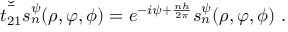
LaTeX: \check { \bar { t _ { 2 1 } } } s _ { n } ^ { \psi } ( \rho , \varphi , \phi ) = e ^ { - i \psi + \frac { n h } { 2 \pi } } s _ { n } ^ { \psi } ( \rho , \varphi , \phi ) ~ .